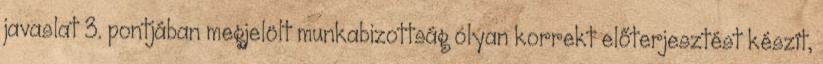
javaslat 3. pontjában megjelölt munkabizottság olyan korrekt előterjesztést készít,